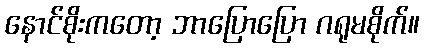
နောင်စိုးကတော့ ဘာပြောပြော ဂရုမစိုက်။